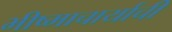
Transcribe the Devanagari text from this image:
भीष्माचार्याची